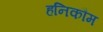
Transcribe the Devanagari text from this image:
हनिकौम